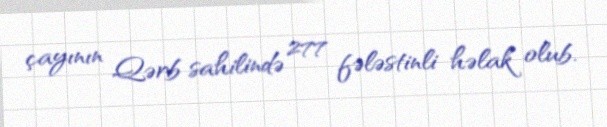
çayının Qərb sahilində 277 fələstinli həlak olub.